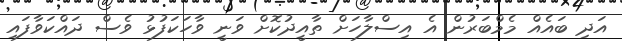
އަދި ބައެއް މެމްބަރުން އެ އިސްލާހަށް ތާއީދުކޮށް ވަނީ ވާހަކަފުޅު ވެސް ދައްކަވާފައި